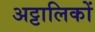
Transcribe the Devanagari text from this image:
अट्टालिकों